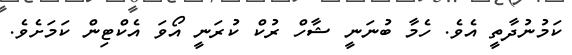
ކަމުނުދާތީ އެވެ. ހެމާ ބުނަނީ ޝާހް ރުކް ކުރަނީ އޯވަ އެކްޓިން ކަމަށެވެ.